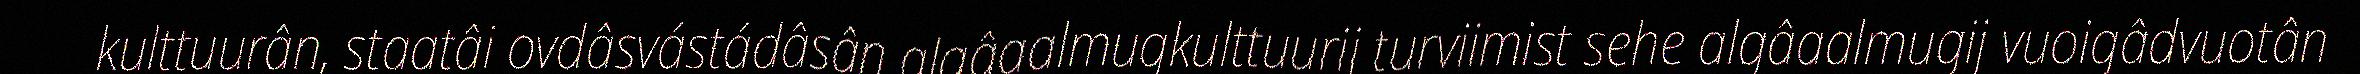
kulttuurân, staatâi ovdâsvástádâsân algâaalmugkulttuurij turviimist sehe algâaalmugij vuoigâdvuotân